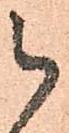
被